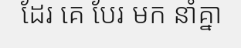
ដែរ គេ បែរ មក នាំគ្នា